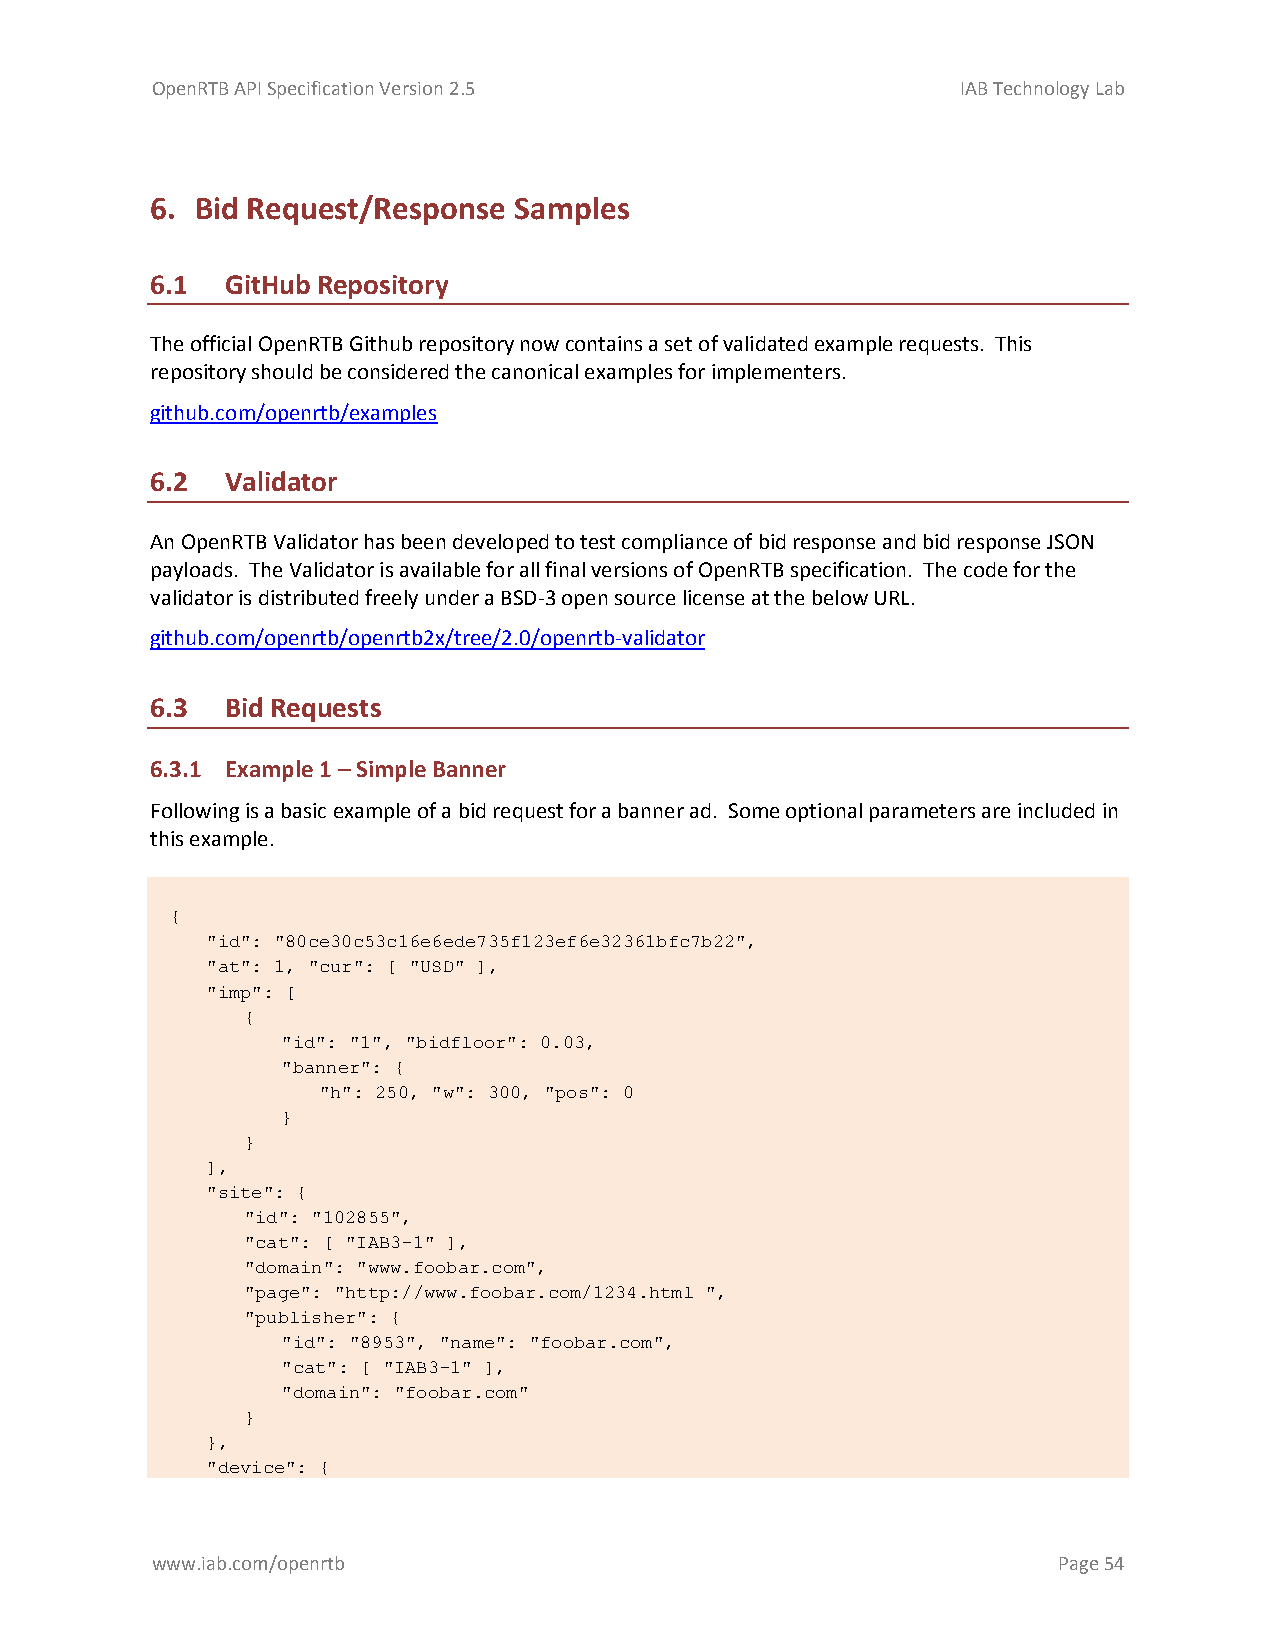
OpenRTB API Specification Version 2.5                 IAB Technology Lab
 6. Bid Request/Response Samples
 6.1  GitHub Repository
 The official OpenRTB Github repository now contains a set of validated example requests. This
 repository should be considered the canonical examples for implementers.
 github.com/openrtb/examples
 6.2  Validator
 An OpenRTB Validator has been developed to test compliance of bid response and bid response JSON
 payloads. The Validator is available for all final versions of OpenRTB specification. The code for the
 validator is distributed freely under a BSD-3 open source license at the below URL.
 github.com/openrtb/openrtb2x/tree/2.0/openrtb-validator
 6.3  Bid Requests
 6.3.1 Example 1 – Simple Banner
 Following is a basic example of a bid request for a banner ad. Some optional parameters are included in
 this example.
 {
 "id": "80ce30c53c16e6ede735f123ef6e32361bfc7b22",
 "at": 1, "cur": [ "USD" ],
 "imp": [
 {
 "id": "1", "bidfloor": 0.03,
 "banner": {
 "h": 250, "w": 300, "pos": 0
 }
 }
 ],
 "site": {
 "id": "102855",
 "cat": [ "IAB3-1" ],
 "domain": "www.foobar.com",
 "page": "http://www.foobar.com/1234.html ",
 "publisher": {
 "id": "8953", "name": "foobar.com",
 "cat": [ "IAB3-1" ],
 "domain": "foobar.com"
 }
 },
 "device": {
 www.iab.com/openrtb                                         Page 54